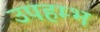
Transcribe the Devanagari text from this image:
उपहम्भ